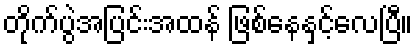
တိုက်ပွဲအပြင်းအထန် ဖြစ်နေနှင့်လေပြီ။